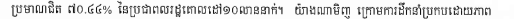
ប្រមាណជិត ៧០.៤៤% នៃប្រជាពលរដ្ឋគោលដៅ១០លាននាក់។​ យ៉ាងណាមិញ ក្រោមការដឹកនាំប្រកបដោយភាព